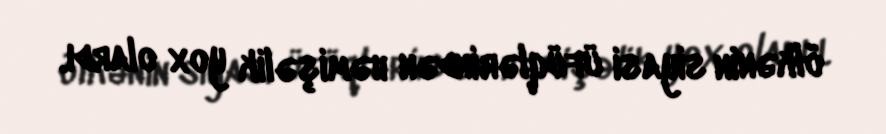
ölkənin siyasi üfüqlərindən həmişəlik yox olardı.